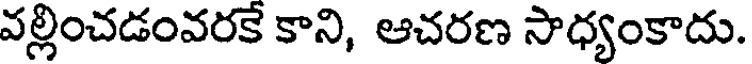
వల్లించడంవరకే కాని, ఆచరణ సాధ్యంకాదు.